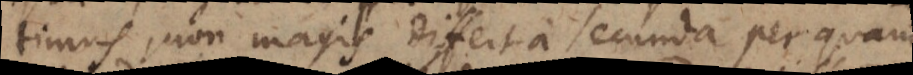
rtimus, non magis differt a secunda per quam